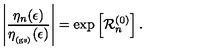
\left| \frac { \eta _ { n } ( \epsilon ) } { \eta _ { _ \mathrm { ( g s ) } } ( \epsilon ) } \right| = \exp \left[ { \mathcal R } _ { n } ^ { ( 0 ) } \right] .